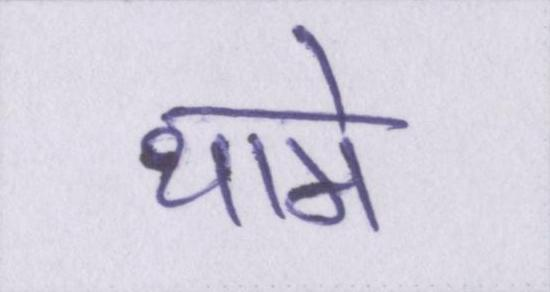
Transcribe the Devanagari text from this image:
थामे